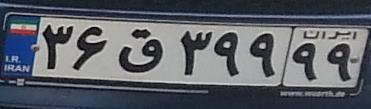
۳۶ق۳۹۹۹۹